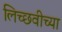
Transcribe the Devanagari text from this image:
लिच्छवीच्या